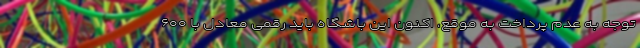
توجه به عدم پرداخت به موقع، اکنون این باشگاه باید رقمی معادل با ۶۰۰